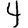
Digit: 4